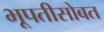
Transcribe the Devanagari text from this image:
भूपतीसोबत